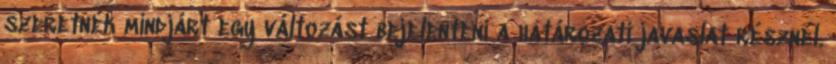
szeretnék mindjárt egy változást bejelenteni a határozati javaslat résznél.